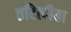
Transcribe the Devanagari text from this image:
तटित्पीता